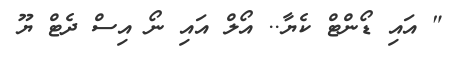
" އައި ޑޯންޓް ކެޔާ.. އޯލް އައި ނޯ އިސް ދެޓް ޔޫ